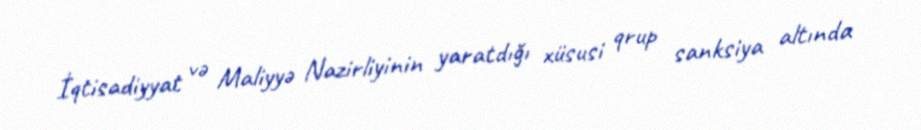
İqtisadiyyat və Maliyyə Nazirliyinin yaratdığı xüsusi qrup sanksiya altında